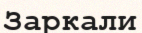
Заркали